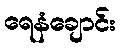
ရေနံချောင်း